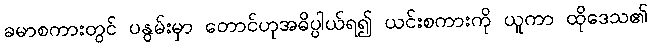
ခမာစကားတွင် ပနွမ်းမှာ တောင်ဟုအဓိပ္ပါယ်ရ၍ ယင်းစကားကို ယူကာ ထိုဒေသ၏